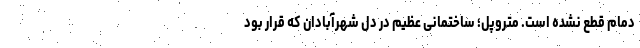
دمام قطع نشده است. متروپل؛ ساختمانی عظیم در دل شهرآبادان که قرار بود